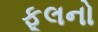
ફૂલનો